Code of medical and sanitary regulations for the guidance of medical officers serving in the Madras Presidency - Volume I
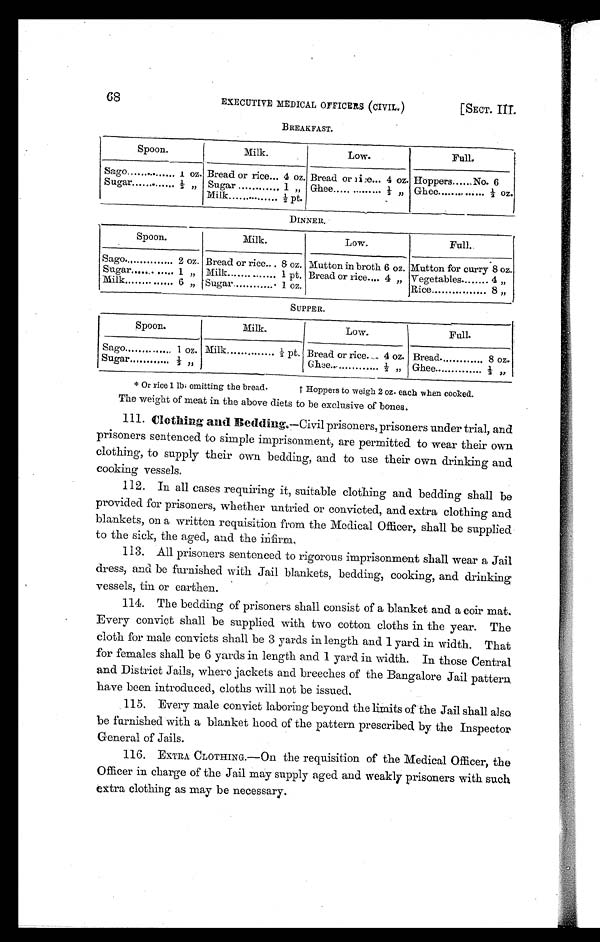
68
EXECUTIVE MEDICAL OFFICERS (CIVIL.)
[SECT. III.
BREAKFAST.
Spoon.
Milk.
Low.
Full.
Sago
..
1 oz. Bread or rice... 4 oz. Bread or rice... 4 oz. Hoppers...... No. 6
Sugar
.
½ , , Sugar
1 „ Ghee
½ „ Ghee ..... ... ...... ½ oz.
Milk
½ pt.
DINNER.
Spoon.
Milk.
Low.
Full.
Sago..
2 oz. Bread or rice... 8 oz. Mutton in broth 6 oz. Mutton for curry 8 oz.
Sugar..........
1 , , Milk.
1 pt. Bread or rice.... 4 „ Vegetables.
4 „
Milk
6 „ Sugar.
1 oz.
Rice
8 ,,
SUPPER.
Spoon.
Milk.
Low.
Full.
Sago
1 oz. Milk
½ pt. Bread or rice. 4 oz. Bread.
8 oz.
Sugar
½ , ,
Ghee...
½ „ Ghee
½ , ,
* Or rice 1 lb; omitting the bread. † Hoppers to weigh 2 oz. each when cooked.
The weight of meat in the above diets to be exclusive of bones.
1 1 1 .
C l o t h i n g a n t B e d d i n g .
— C i v i l
p r i s o n e r s , p r i s o n e r s u n d e r t r i a l , a n d
prisoners sentenced to simple imprisonment, are permitted to wear their own
clothing, to supply their own bedding, and to use their own drinking and
cooking vessels.
112. In all cases requiring it, suitable clothing and bedding shall be
provided for prisoners, whether untried or convicted, and extra clothing and
blankets, on a written requisition from the Medical Officer, shall be supplied
to the sick, the aged, and the infirm.
113. All prisoners sentenced to rigorous imprisonment shall wear a Jail
dress, and be furnished with Jail blankets, bedding, cooking, and drinking
vessels, tin or earthen.
114. The bedding of prisoners shall consist of a blanket and a coir mat.
Every convict shall be supplied with two cotton cloths in the year. The
cloth for male convicts shall be 3 yards in length and 1 yard in width. That
for females shall be 6 yards in length and 1 yard in width. In those Central.
and District Jails, where jackets and breeches of the Bangalore Jail pattern.
have been introduced, cloths will not be issued.
115. Every male convict laboring beyond the limits of - t h e J a i l s h a l l a l s o
be furnished with a blanket hood of the pattern prescribed by the Inspector
General of Jails.
116. EXTRA CLOTHING.—On the requisition of the Medical Officer, the
Officer in charge of the Jail may supply aged. and weakly prisoners with such
extra clothing as may be necessary.